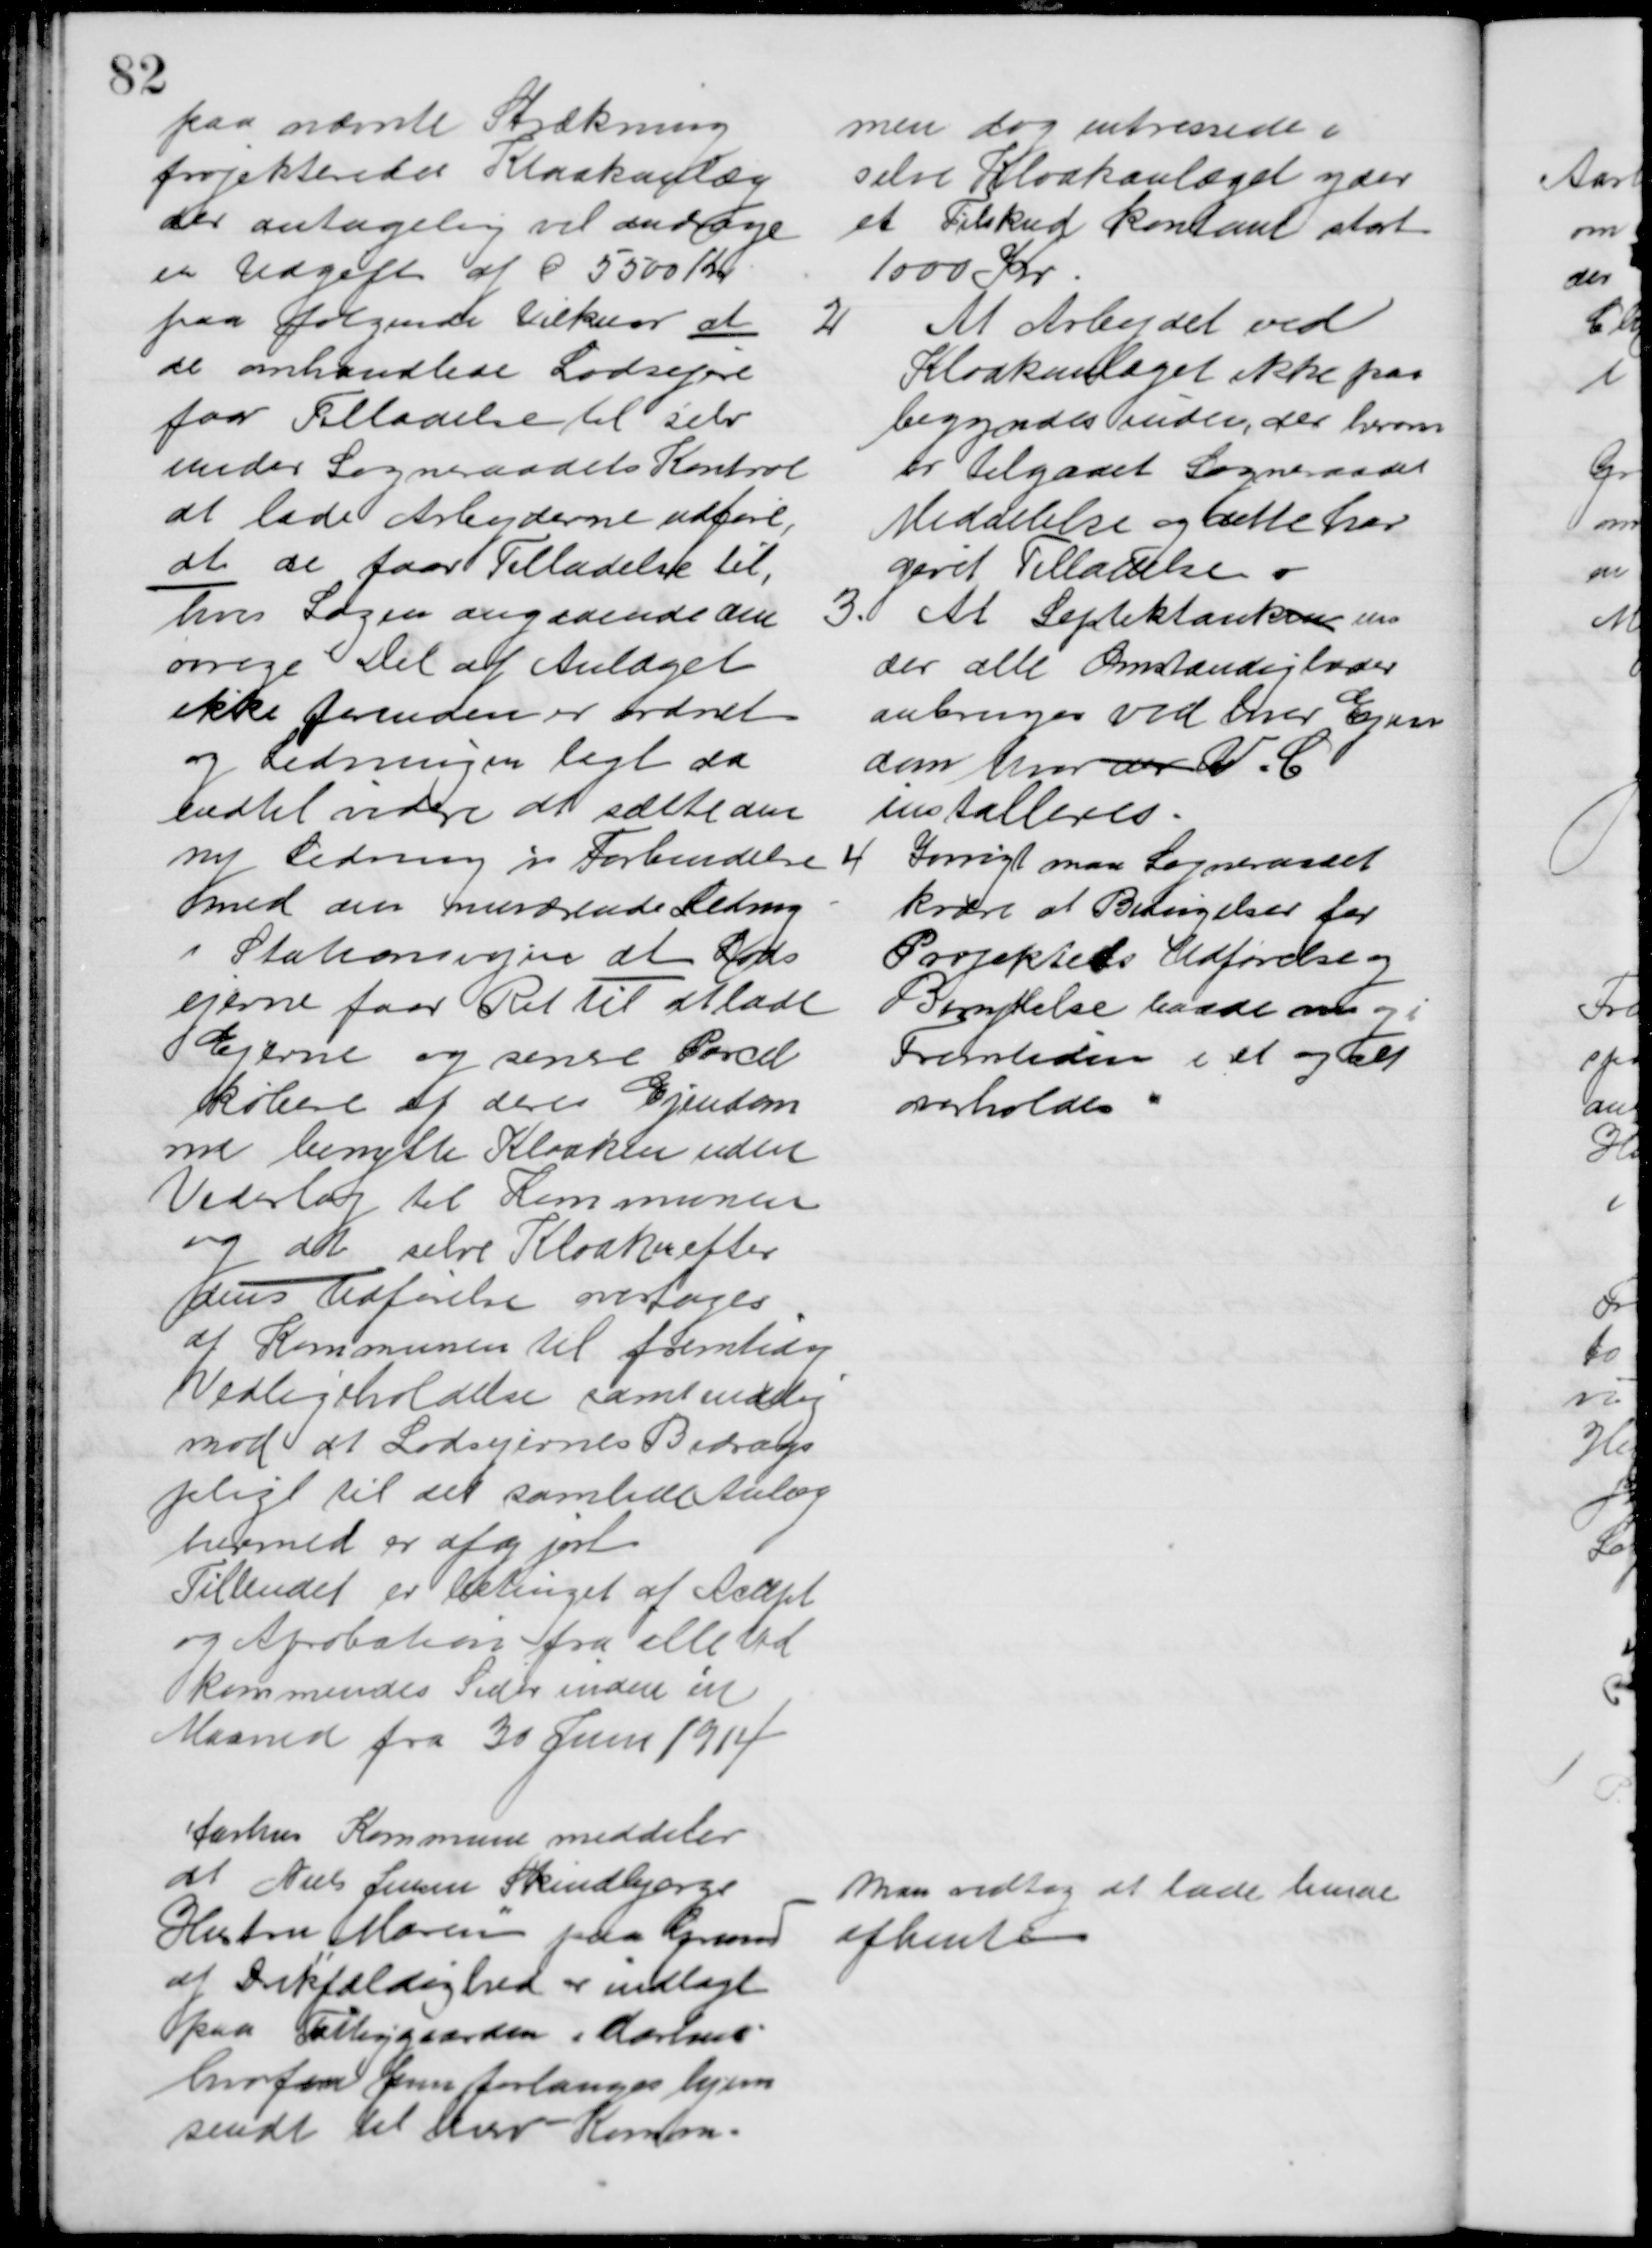
Transskription:
paa nævnte Strækning
projekterede Kloakanlæg
der antagelig vil andrage
en Udgift af C 5500 Kr
paa følgende Vilkaar at
de omhandlede Lodsejere
faar Tilladelse til selv
under Sogneraadets Kontrol
at lade Arbejderne udføre, 
at de faar Tilladelse til,
hvis Sagen angaaende den 
øvrige Del af Anlæget
ikke forinden er ordnet
og Ledningen lagt da
indtil videre at sætte den 
ny Ledning i Forbindelse
med den nuværende Ledning
i Stationsvejen at Lods
ejerne faar Ret til at lade
Ejerne og senere Parcel
købere af deres Ejendom
me benytte Kloaken uden
Vederlag til Kommunen
og at selve Kloaken efter
dens Udførelse overtages
af Kommunen til fremtidig
Vedligeholdelse samt endelig
mod at Lodsejernes Bidrags
pligt til det samlede Anlæg
hermed er afgjort
Tilbudet er betinget af Accept
og Aprobation fra alle Ved
kommendes Sider inden en
Maaned fra 30 Juni 1914
men dog intressede i 
selve Kloakanlæget yder
et Tilskud kontant stort
1000 Kr
2
At Arbejdet ved
Kloakanlæget ikke paa 
begyndes inden, der herom
er tilgaaet Sogneraadet
Meddelelse og dette har
givet Tilladelse 
3. At Septektanken un
der alle Omstændigheder
anbringes ved hver Ejen
dom hvor der V. C
installeres.
4
Iøvrigt maa Sogneraadet
kræve at Betingelser for
Projektets Udførelse og
Benyttelse havde nu og i
Fremtiden i et og alt
overholdes
Aarhus Kommune meddeler
at Niels Jensen Skindbjergs
Hustru Maren paa Grund
af Drikfældighed er indlagt 
paa Fattiggaarden i Aarhus
hvorfor hun forlanges hjem
sendt til herv Komm.
Man vedtog at lade hende
afhente